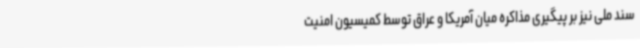
سند ملی نیز بر پیگیری مذاکره میان آمریکا و عراق توسط کمیسیون امنیت